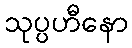
သုပ္ပဟီနော